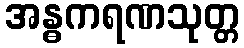
အန္ဓကရဏသုတ္တ